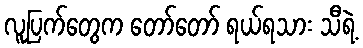
လူပြက်တွေက တော်တော် ရယ်ရသား သီရဲ့